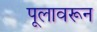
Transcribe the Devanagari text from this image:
पूलावरून